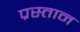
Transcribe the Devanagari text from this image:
प्रस्तान